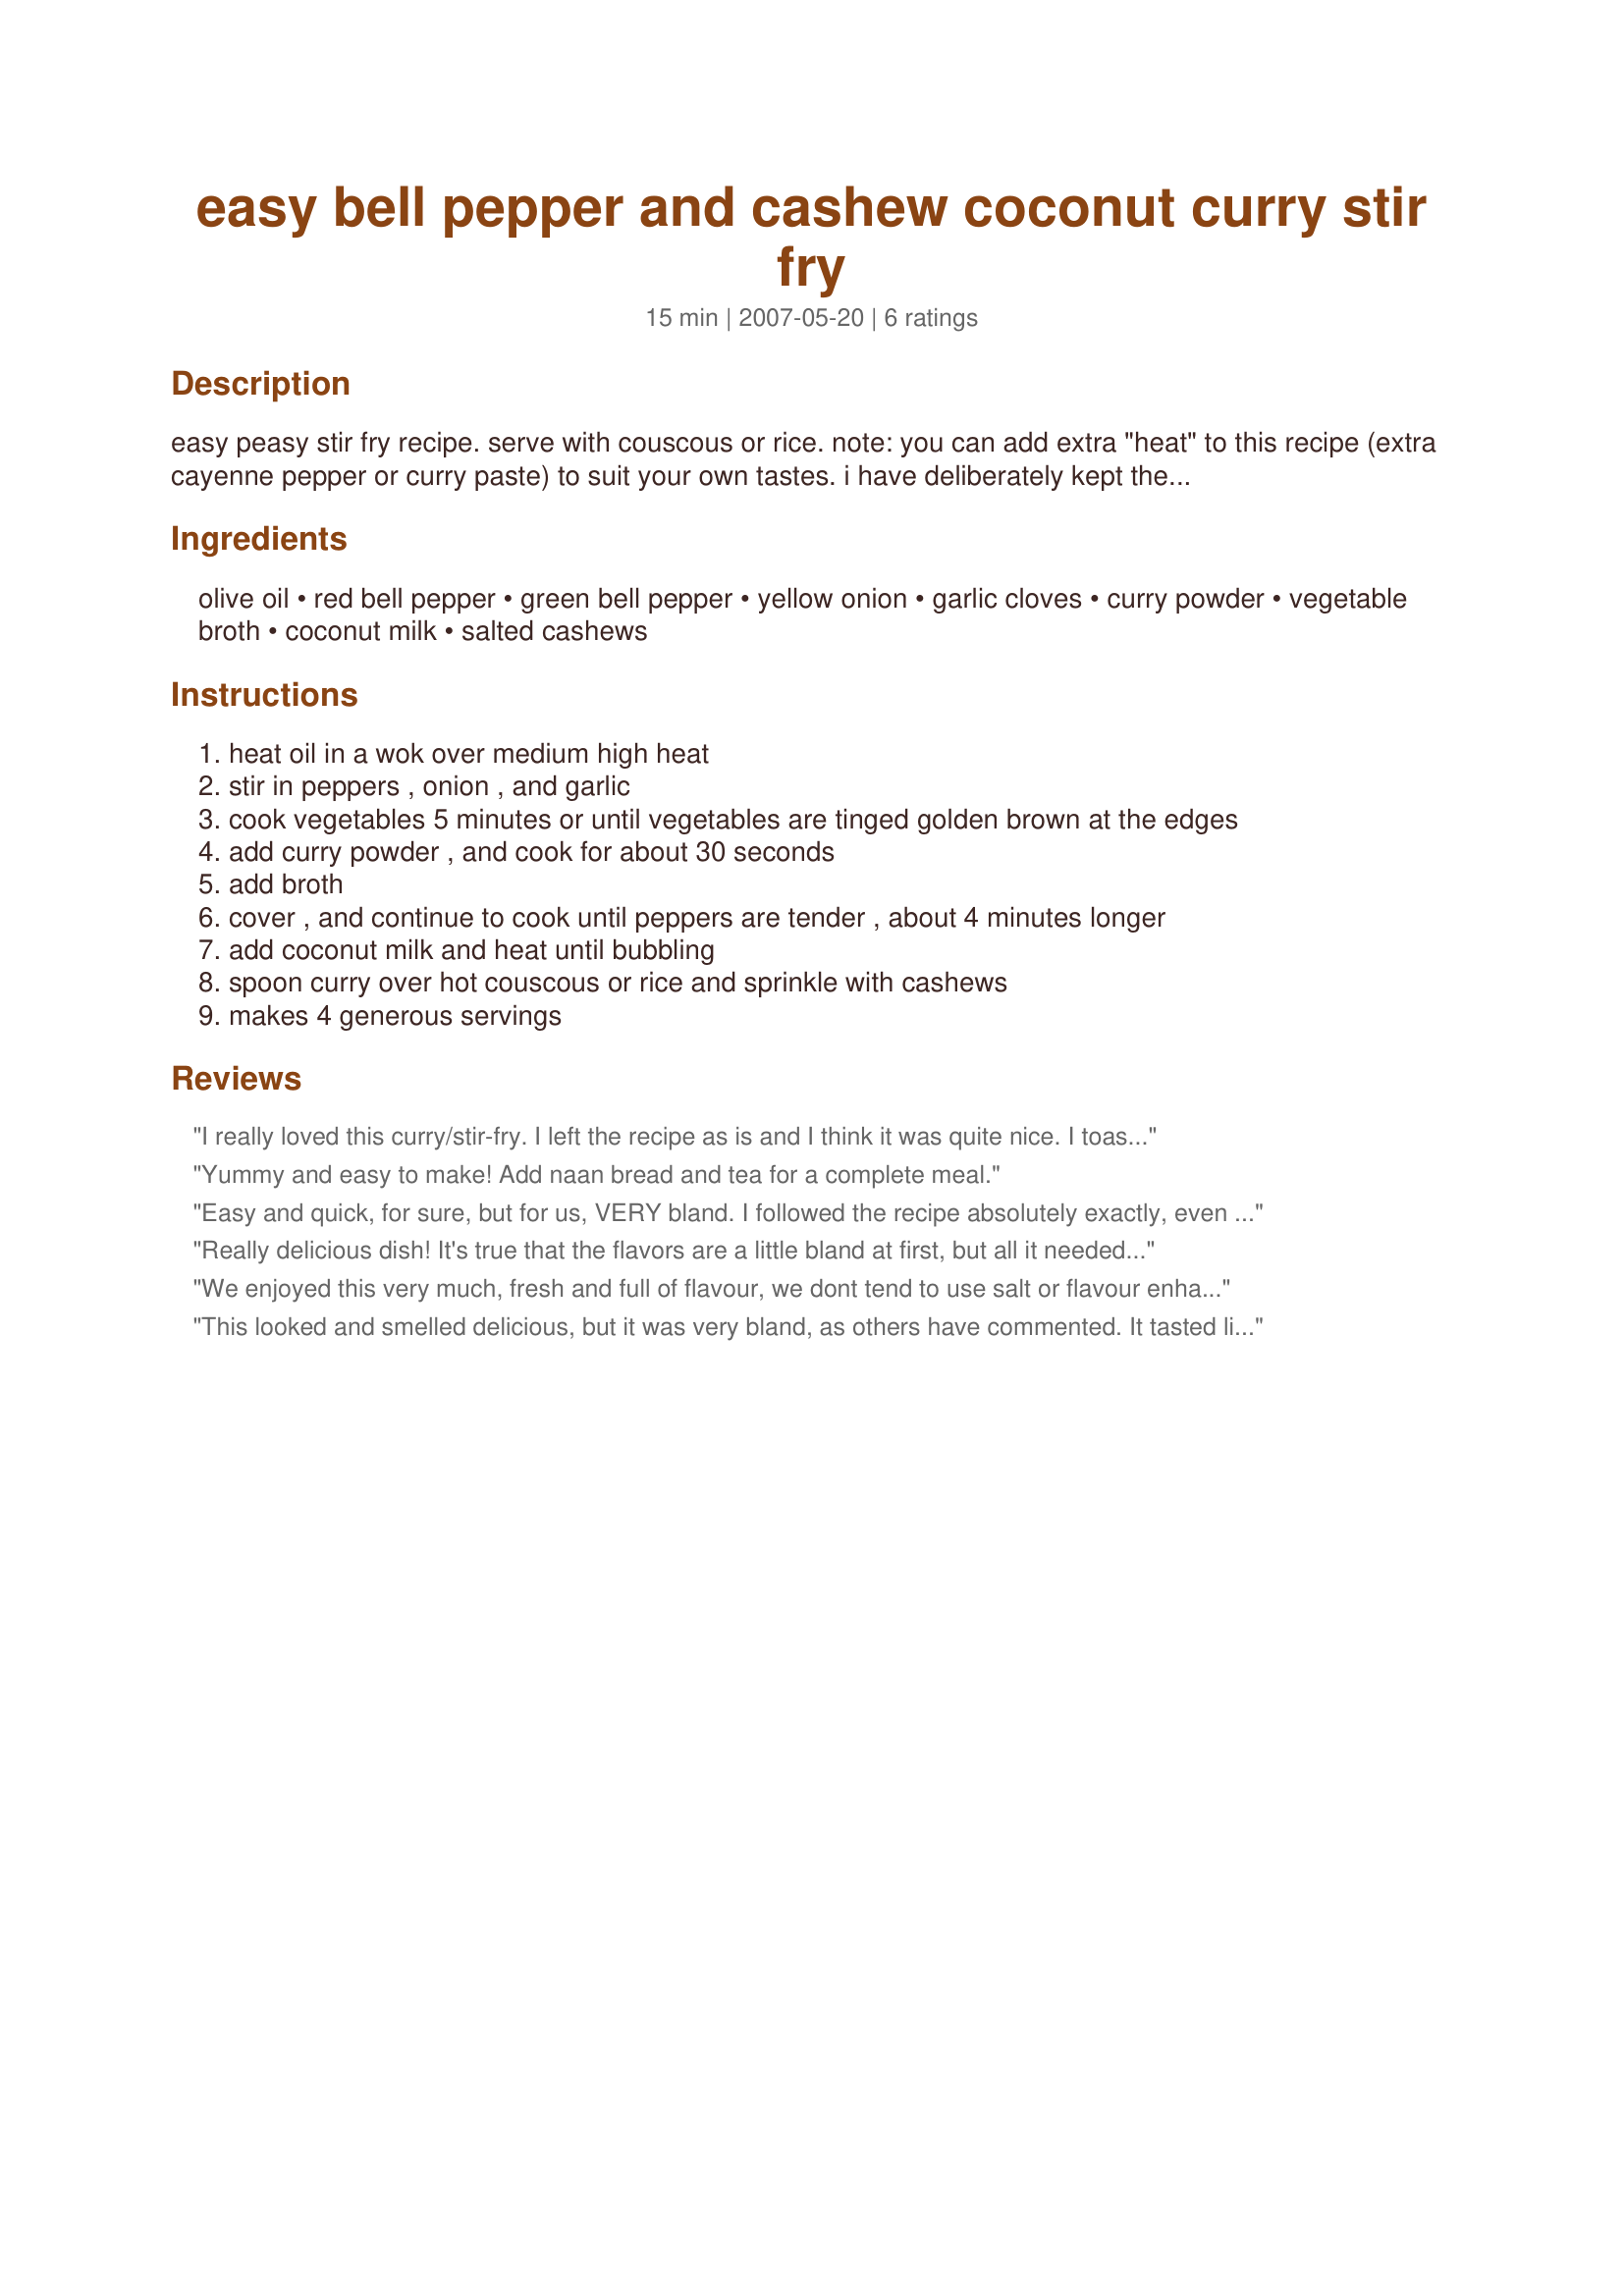
easy bell pepper and cashew coconut curry stir fry
Preparation time: 15 minutes

easy peasy stir fry recipe. serve with couscous or rice. note: you can add extra "heat" to this recipe (extra cayenne pepper or curry paste) to suit your own tastes. i have deliberately kept the flavors mild in this recipe in order to not overshadow the taste of the fresh peppers and cashews. i love spicy hot food, but sometimes a mild take on things is a nice change from my routine. you be the judge!

Ingredients:
olive oil, red bell pepper, green bell pepper, yellow onion, garlic cloves, curry powder, vegetable broth, coconut milk, salted cashews

Steps:
heat oil in a wok over medium high heat
stir in peppers , onion , and garlic
cook vegetables 5 minutes or until vegetables are tinged golden brown at the edges
add curry powder , and cook for about 30 seconds
add broth
cover , and continue to cook until peppers are tender , about 4 minutes longer
add coconut milk and heat until bubbling
spoon curry over hot couscous or rice and sprinkle with cashews
makes 4 generous servings

Reviews:
I really loved this curry/stir-fry. I left the recipe as is and I think it was quite nice. I toasted my cashews in the oven before adding and also added some simple pan fried tofu dusted with a sprinking of salt on the side and served over rice. It was the perfect meal. I will be making this again and again. Thanks for this simple yet elegant meal. I look forward to trying more of your recipes!
Yummy and easy to make! Add naan bread and tea for a complete meal.
Easy and quick, for sure, but for us, VERY bland. I followed the recipe absolutely exactly, even though I was tempted to add stuff. So, I can fairly rate this as just ok, as it is. I think if I made this again, I'd add some type of chili, and salt! Do love the cashews though- that was a nice touch. Thanks!
Really delicious dish! It's true that the flavors are a little bland at first, but all it needed was salt to taste and then the flavors come alive! My family loved this and we will make it again as it is a delicious healthy dish that was easy to put together. Thanks again Shannon for another terrific recipe!
We enjoyed this very much, fresh and full of flavour, we dont tend to use salt or flavour enhancers, so found the recipe very good as is.

It was very quickly prepared, and felt like a very exotic dish for a simple mid-week supper!

Thank you Shannon, for another excellent recipe!
This looked and smelled delicious, but it was very bland, as others have commented. It tasted like it was missing something, but I don't know what. I served it over basmati rice. Don't think I'll be making this again, unfortunately.
